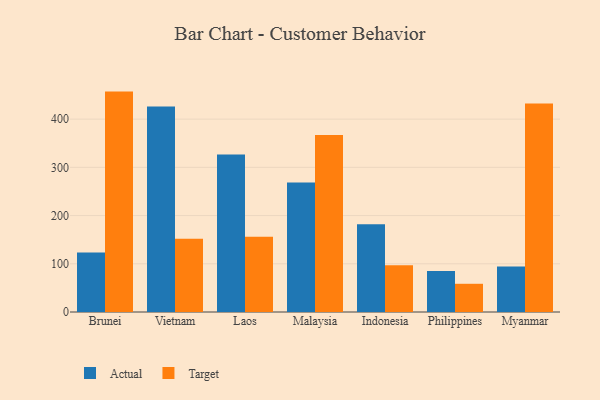
{"axis": {"x": "Country", "y": "Active Users"}, "legend": ["Actual", "Target"], "data": [{"x": "Brunei", "y": 123.6, "type": "Actual"}, {"x": "Brunei", "y": 457.1, "type": "Target"}, {"x": "Vietnam", "y": 426.0, "type": "Actual"}, {"x": "Vietnam", "y": 152.0, "type": "Target"}, {"x": "Laos", "y": 326.7, "type": "Actual"}, {"x": "Laos", "y": 156.0, "type": "Target"}, {"x": "Malaysia", "y": 268.6, "type": "Actual"}, {"x": "Malaysia", "y": 367.2, "type": "Target"}, {"x": "Indonesia", "y": 181.8, "type": "Actual"}, {"x": "Indonesia", "y": 97.0, "type": "Target"}, {"x": "Philippines", "y": 85.1, "type": "Actual"}, {"x": "Philippines", "y": 58.5, "type": "Target"}, {"x": "Myanmar", "y": 94.6, "type": "Actual"}, {"x": "Myanmar", "y": 432.2, "type": "Target"}]}